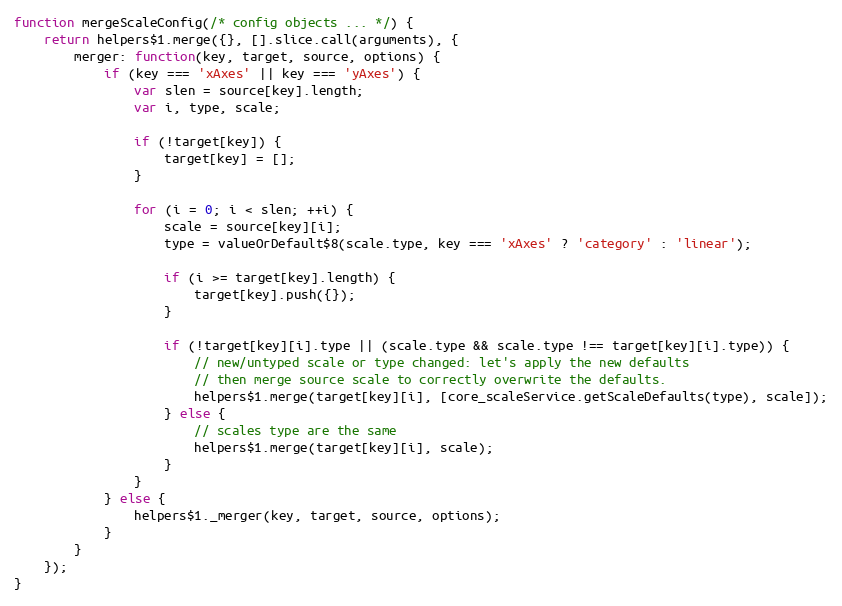
Language: JavaScript
function mergeScaleConfig(/* config objects ... */) {
	return helpers$1.merge({}, [].slice.call(arguments), {
		merger: function(key, target, source, options) {
			if (key === 'xAxes' || key === 'yAxes') {
				var slen = source[key].length;
				var i, type, scale;

				if (!target[key]) {
					target[key] = [];
				}

				for (i = 0; i < slen; ++i) {
					scale = source[key][i];
					type = valueOrDefault$8(scale.type, key === 'xAxes' ? 'category' : 'linear');

					if (i >= target[key].length) {
						target[key].push({});
					}

					if (!target[key][i].type || (scale.type && scale.type !== target[key][i].type)) {
						// new/untyped scale or type changed: let's apply the new defaults
						// then merge source scale to correctly overwrite the defaults.
						helpers$1.merge(target[key][i], [core_scaleService.getScaleDefaults(type), scale]);
					} else {
						// scales type are the same
						helpers$1.merge(target[key][i], scale);
					}
				}
			} else {
				helpers$1._merger(key, target, source, options);
			}
		}
	});
}